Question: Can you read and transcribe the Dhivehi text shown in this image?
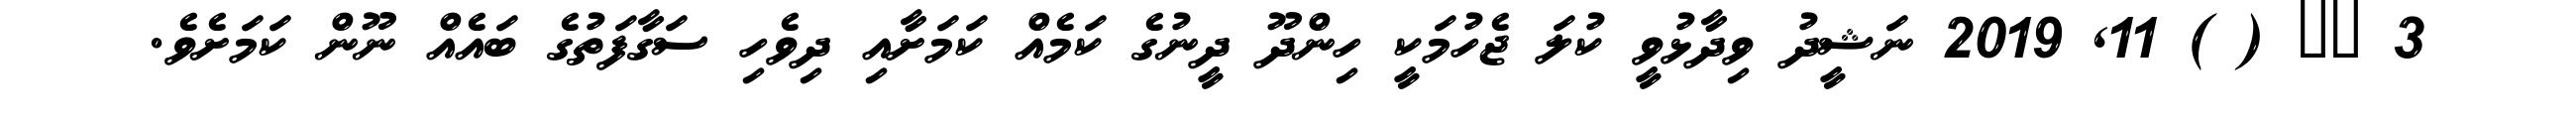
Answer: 3 ?? ( ) 11, 2019 ނަޝީދު ވިދާޅުވީ ކުލަ ޖެހުމަކީ ހިންދޫ ދީނުގެ ކަމެއް ކަމަށާއި ދިވެހި ސަގާފަތުގެ ބައެއް ނޫން ކަމަށެވެ.